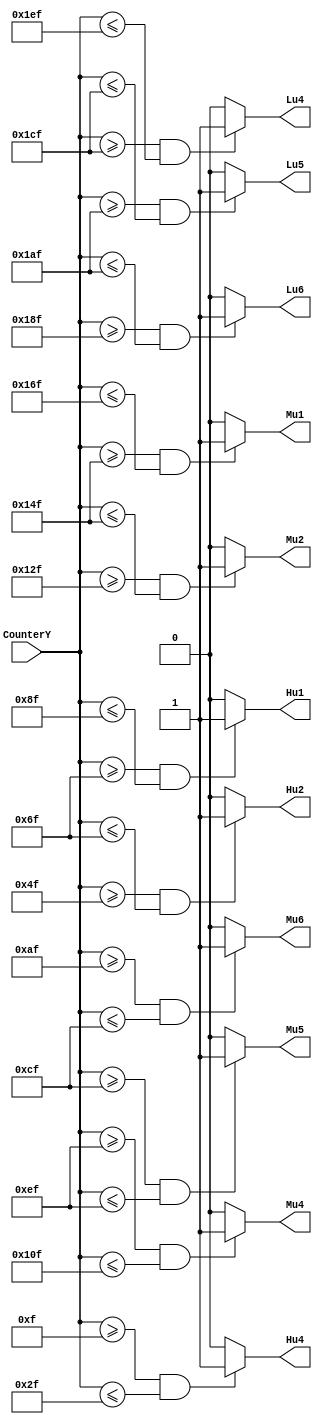
module bar_blank(
input [11:0]CounterY,
output Hu4,
output Hu2,
output Hu1,
output Mu6,
output Mu5,
output Mu4,
output Mu2,
output Mu1,
output Lu6,
output Lu5,
output Lu4
);

wire [11:0]bydeta=30;
wire [11:0]byd_t =bydeta+2;

assign Hu4=((CounterY>=(15+byd_t*0)) && ( CounterY<=(15+byd_t*1)))?1:0;//+4
assign Hu2=((CounterY>=(15+byd_t*2)) && ( CounterY<=(15+byd_t*3)))?1:0;//+2
assign Hu1=((CounterY>=(15+byd_t*3)) && ( CounterY<=(15+byd_t*4)))?1:0;//+1
assign Mu6=((CounterY>=(15+byd_t*5)) && ( CounterY<=(15+byd_t*6)))?1:0;//6
assign Mu5=((CounterY>=(15+byd_t*6)) && ( CounterY<=(15+byd_t*7)))?1:0;//5
assign Mu4=((CounterY>=(15+byd_t*7)) && ( CounterY<=(15+byd_t*8)))?1:0;//4
assign Mu2=((CounterY>=(15+byd_t*9)) && ( CounterY<=(15+byd_t*10)))?1:0;//2
assign Mu1=((CounterY>=(15+byd_t*10)) &&( CounterY<=(15+byd_t*11)))?1:0;//1
assign Lu6=((CounterY>=(15+byd_t*12)) &&( CounterY<=(15+byd_t*13)))?1:0;//-6
assign Lu5=((CounterY>=(15+byd_t*13)) &&( CounterY<=(15+byd_t*14)))?1:0;//-5
assign Lu4=((CounterY>=(15+byd_t*14)) &&( CounterY<=(15+byd_t*15)))?1:0;//-4

endmodule